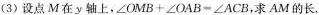
(3)设点M在y轴上，$$\angle OMB+\angle OAB=\angle ACB$$，求AM的长.